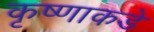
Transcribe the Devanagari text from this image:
कृष्णाकडे